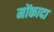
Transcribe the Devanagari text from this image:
मोंकादा